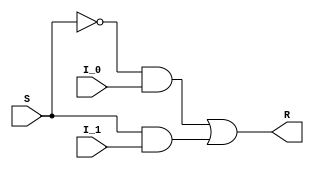
module mux_2_1(R, S, I_0, I_1);
	output  R;
	input S, I_0, I_1;


	wire s_not, and_0, and_1;
	
	not not0(s_not, S);
	
	and and0(and_0, s_not, I_0);
	and and1(and_1, S, I_1);
	
	or or0(R, and_0, and_1);

endmodule